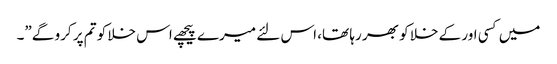
میں کسی اور کے خلا کو بھر رہا تھا، اس لئے میرے پیچھے اس خلا کو تم پر کرو گے”۔